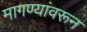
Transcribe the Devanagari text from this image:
मागण्यांवरून